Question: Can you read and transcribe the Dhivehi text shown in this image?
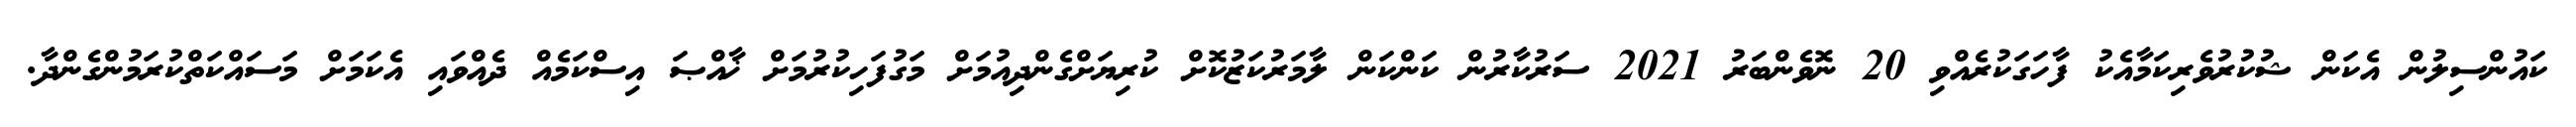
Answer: ކައުންސިލުން އެކަން ޝުކުރުވެރިކަމާއެކު ފާހަގަކުރެއްވި 20 ނޮވެންބަރު 2021 ސަރުކާރުން ކަންކަން ލާމަރުކަޒުކޮށް ކުރިޔަށްގެންދިއުމަށް މަގުފަހިކުރުމަށް ޚާއްޞަ އިސްކަމެއް ދެއްވައި އެކަމަށް މަސައްކަތްކުރަމުންގެންދާ.